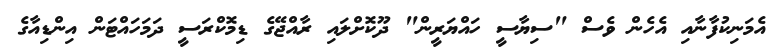
އެމަނިކުފާނާއި އެހެން ވެސް "ސިޔާސީ ހައްޔަރީން" ދޫކޮށްލައި ރާއްޖޭގެ ޑިމޮކްރަސީ ދަމަހައްޓަން އިންޑިއާގެ